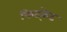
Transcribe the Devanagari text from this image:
किट्केट